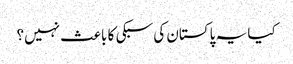
کیا یہ پاکستان کی سبکی کا باعث نہیں؟